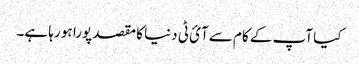
کیا آپ کے کام سے آئ ٹی دنیا کا مقصد پورا ہو رہا ہے۔